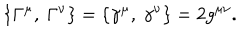
\{ \Gamma ^ { \mu } , ~ \Gamma ^ { \nu } \} = \{ \gamma ^ { \mu } , ~ \gamma ^ { \nu } \} = 2 g ^ { \mu \nu } .